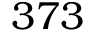
3 7 3